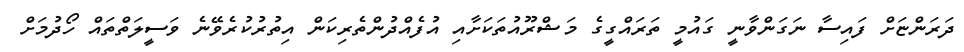
ދަރަންޏަށް ފައިސާ ނަގަންވާނީ ގައުމީ ތަރައްގީގެ މަޝްރޫއުތަކަށާއި އުފެއްދުންތެރިކަން އިތުރުކުރެވޭނެ ވަސީލަތްތައް ހޯދުމަށް